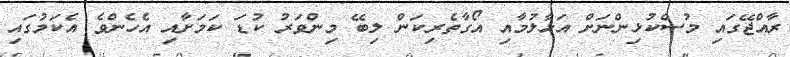
ރާއްޖޭގައި މުސްކުޅިންނަށް އަޅާލުމާއި އޯގާތެރިކަން ލިބޭ މިންވަރު ކުޑަ ކަމަށާއި އެހެންވެ އެކަމުގައި